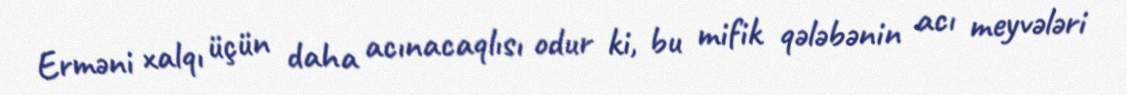
Erməni xalqı üçün daha acınacaqlısı odur ki, bu mifik qələbənin acı meyvələri